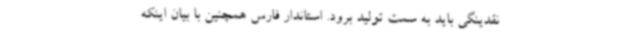
نقدینگی باید به سمت تولید برود. استاندار فارس همچنین با بیان اینکه